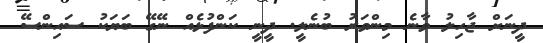
ދީނަށް ޖާހިލު ވާނެ މިންވަރު ބުނެލީ. ދީނީ ކަންފުޅެއް ނޭގޭ ބަޔަކު ސައިންސޭ